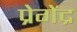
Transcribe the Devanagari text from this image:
प्रेगेंद्र